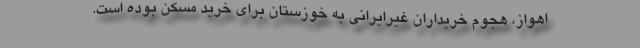
اهواز، هجوم خریداران غیرایرانی به خوزستان برای خرید مسکن بوده است.